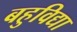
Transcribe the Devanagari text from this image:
बहुविद्या